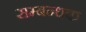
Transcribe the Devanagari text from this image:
सम्बन्धक